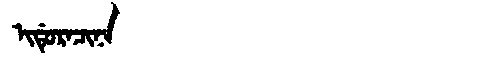
Manchu: ᡳᡩᡠᡵᠠᠴᡳᠨᠠ
Romanization: IDURACINA